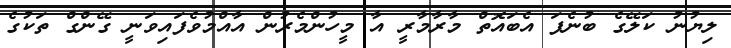
ލިޔުނު ކަލޭގެ ބުނެފަ އެބައޮތް މާރާމާރީ އާ މީހުންމެރުން އާއްމުވެފައިވަނީ ގޭންގް ތަކުގެ